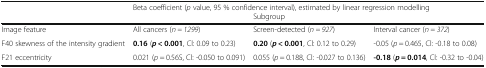
<table><thead><tr><td rowspan="2">[EMPTY_CELL]</td><td colspan="3"><b>Beta coefficient (<i>p</i> value, 95 % confidence interval), estimated by linear regression modelling</b></td></tr><tr><td>[EMPTY_CELL]</td><td colspan="2"><b>Subgroup</b></td></tr></thead><tbody><tr><td>Image feature</td><td>All cancers (<i>n = 1299</i>)</td><td>Screen-detected (<i>n = 927</i>)</td><td>Interval cancer (<i>n = 372</i>)</td></tr><tr><td>F40 skewness of the intensity gradient</td><td><b>0.16</b> (<b><i>p</i></b> <b>&lt; 0.001</b>, Cl: 0.09 to 0.23)</td><td><b>0.20</b> (<b><i>p</i></b> <b>&lt; 0.001</b>, Cl: 0.12 to 0.29)</td><td>-0.05 (<i>p</i> = 0.465, Cl: -0.18 to 0.08)</td></tr><tr><td>F21 eccentricity</td><td>0.021 (<i>p</i> = 0.56S, Cl: -0.050 to 0.091)</td><td>0.055 (<i>p</i> = 0.188, Cl: -0.027 to 0.136)</td><td><b>-0.18</b> (<b><i>p</i></b> <b>= 0.014</b>, Cl: -0.32 to -0.04)</td></tr></tbody></table>